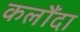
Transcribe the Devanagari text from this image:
कलौंदा